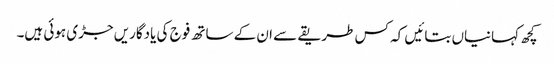
کچھ کہانیاں بتائیں کہ کس طریقے سے ان کے ساتھ فوج کی یادگاریں جڑی ہوئی ہیں۔